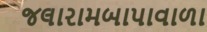
જલારામબાપાવાળા